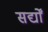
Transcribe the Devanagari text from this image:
सर्द्यों